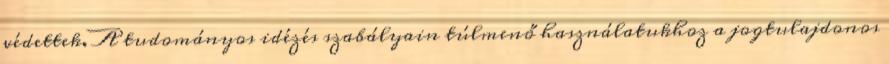
védettek. A tudományos idézés szabályain túlmenő használatukhoz a jogtulajdonos